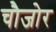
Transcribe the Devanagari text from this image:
चौजोर